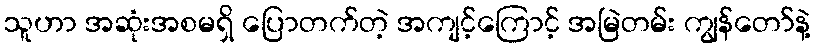
သူဟာ အဆုံးအစမရှိ ပြောတက်တဲ့ အကျင့်ကြောင့် အမြဲတမ်း ကျွန်တော်နဲ့